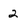
Character: 2